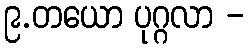
၉.တယော ပုဂ္ဂလာ -